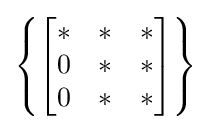
\left\{{\begin{bmatrix}*&*&*\\0&*&*\\0&*&*\end{bmatrix}}\right\}